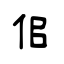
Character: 佀